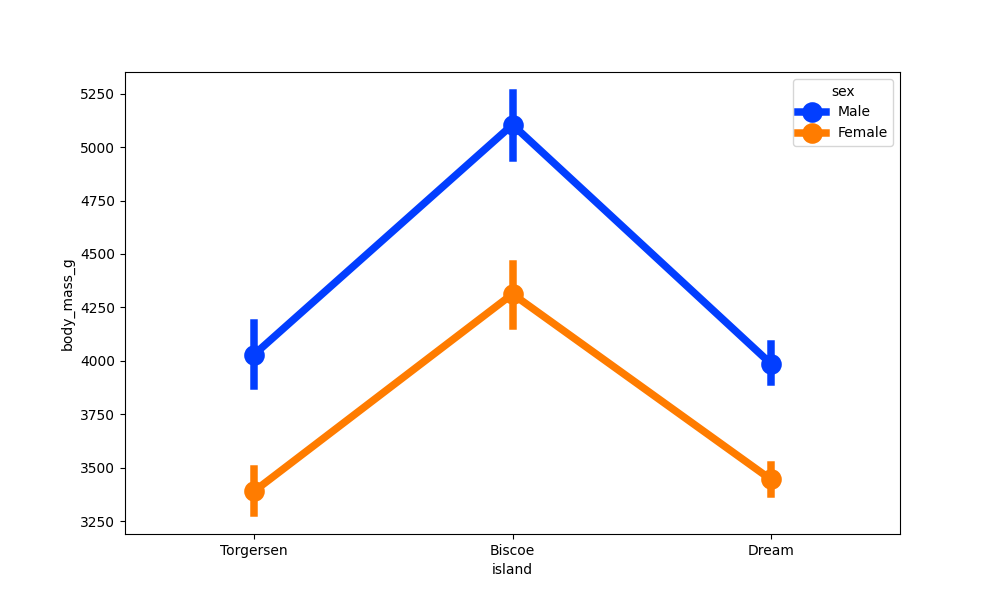
python, seaborn, pointplot, scale=2.0, join=True, hue='sex', palette='bright'